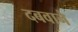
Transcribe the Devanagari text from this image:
दबवाने